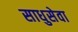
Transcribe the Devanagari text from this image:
साधुसेवा